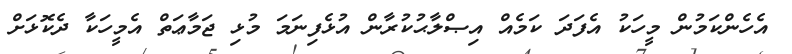
އެހެންކަމުން މީހަކު އެފަދަ ކަމެއް އިޞްލާޙުކުރާން އުޅެފިނަމަ މުޅި ޖަމާޢަތް އެމީހަކާ ދެކޮޅަށް